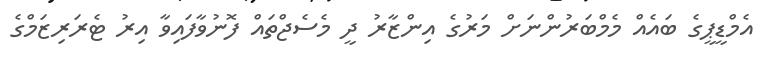
އެމްޑީޕީގެ ބައެއް މެމްބަރުންނަށް މަރުގެ އިންޒާރު ދީ މެސެޖްތައް ފޮނުވާފައިވާ އިރު ޓެރަރިޒަމްގެ